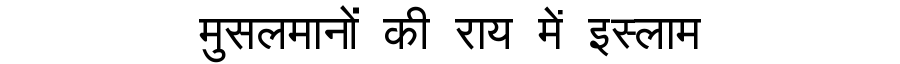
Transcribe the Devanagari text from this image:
मुसलमानों की राय में इस्लाम